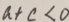
a + c < 0